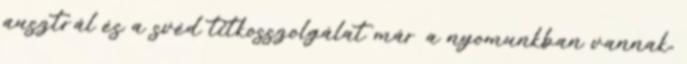
ausztrál és a svéd titkosszolgálat már a nyomunkban vannak,